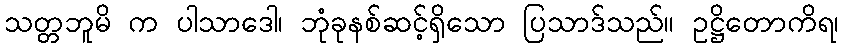
သတ္တဘူမိ က ပါသာဒေါ၊ ဘုံခုနစ်ဆင့်ရှိသော ပြသာဒ်သည်။ ဥဋ္ဌိတောကိရ၊